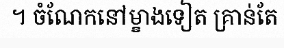
។ ចំណែកនៅម្ខាងទៀត គ្រាន់តែ